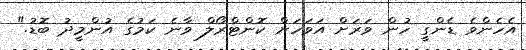
އެހެންވެ ޑެންގީ ހުން ވަރަށް އަވަހަށް ކޮންޓްރޯލް ވާނެ ކަމުގެ އުންމީދު ބޮޑު."